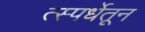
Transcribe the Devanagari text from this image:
त्स्पर्धेतून